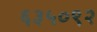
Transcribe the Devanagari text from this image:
६३५०९२